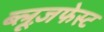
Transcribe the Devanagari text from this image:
ब्लूज़फेस्ट